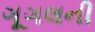
ગૂગલની